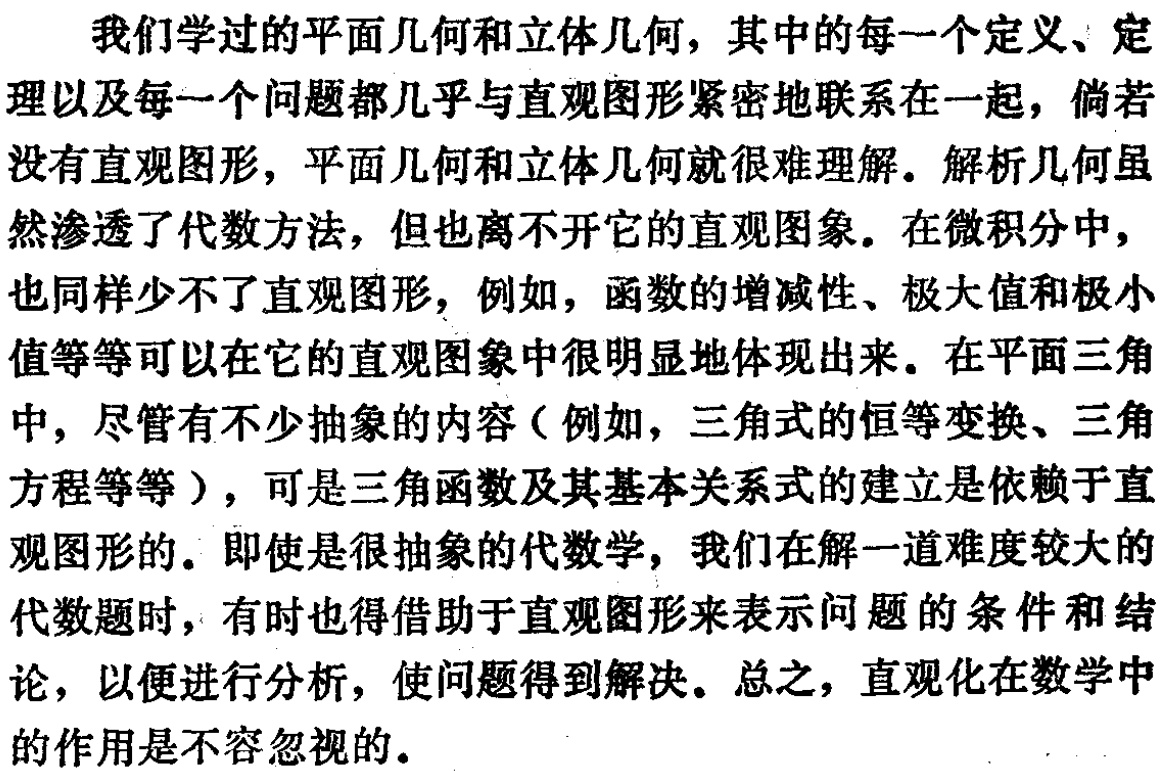
我们学过的平面几何和立体几何，其中的每一个定义、定理以及每一个问题都几乎与直观图形紧密地联系在一起，倘若没有直观图形，平面几何和立体几何就很难理解。解析几何虽然渗透了代数方法，但也离不开它的直观图象。在微积分中，也同样少不了直观图形，例如，函数的增减性、极大值和极小值等等可以在它的直观图象中很明显地体现出来。在平面三角中，尽管有不少抽象的内容（例如，三角式的恒等变换、三角方程等等），可是三角函数及其基本关系式的建立是依赖于直观图形的。即使是很抽象的代数学，我们在解一道难度较大的代数题时，有时也得借助于直观图形来表示问题的条件和结论，以便进行分析，使问题得到解决。总之，直观化在数学中的作用是不容忽视的。